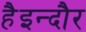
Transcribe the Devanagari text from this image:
हैइन्दौर